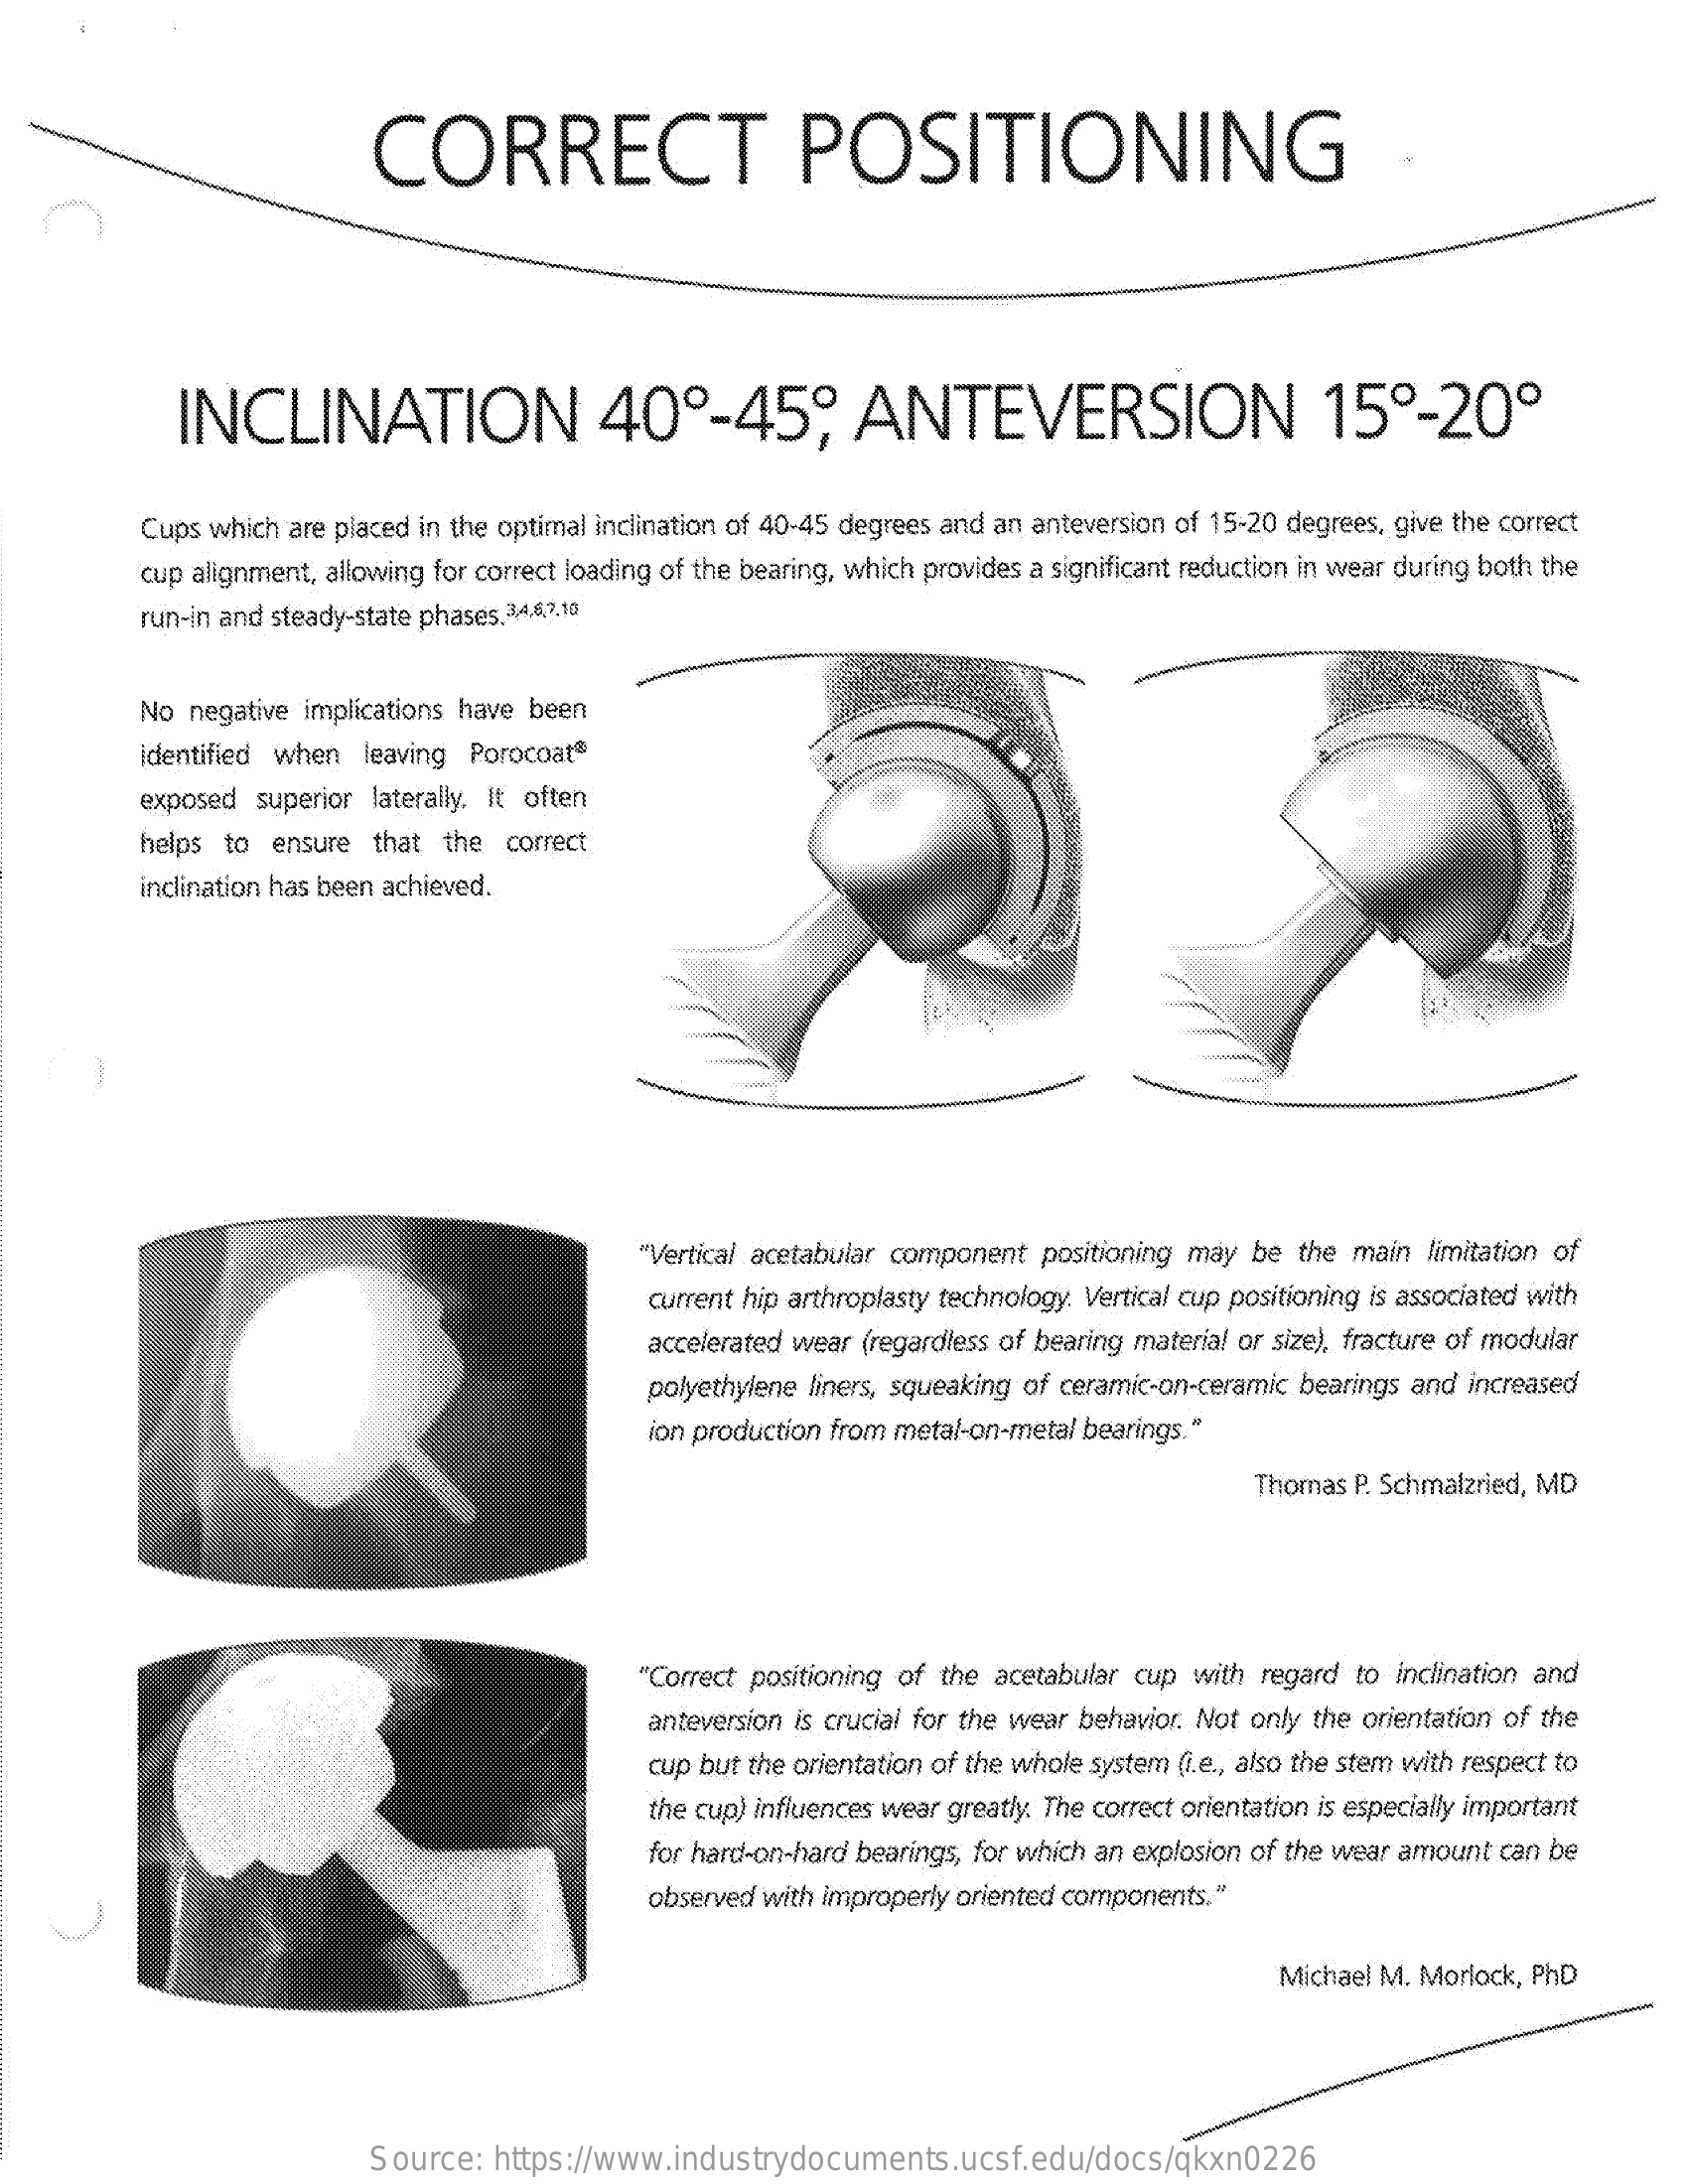
CORRECT    POSITIONING
     INCLINATION    40º-45º    ANTEVERSION    15º-20º
     Cups which are placed in the optimal inclination of 40-45 degrees and an anteversion of 15-20 degrees, give the correct
     cup alignment, allowing for correct loading of the bearing, which provides a significant reduction in wear during both the
     run-in and steady-state phases.3,4,6,7.10
     No negative implications have been
     identified when leaving Porocoat®
     exposed  superior laterally. It often
     helps to  ensure that the  correct
     inclination has been achieved.
     "Vertical acetabular component positioning may be the main limitation of
     current hip arthroplasty technology. Vertical cup positioning is associated with
     accelerated wear (regardless of bearing material or size), fracture of modular
     polyethylene liners, squeaking of ceramic-on-ceramic bearings and increased
     ion production from metal-on-metal bearings."
     Thomas P. Schmalzried, MD
     "Correct positioning of the acetabular cup with regard to inclination and
     anteversion is crucial for the wear behavior. Not only the orientation of the
     cup but the orientation of the whole system (i.e ., also the stem with respect to
     the cup) influences wear greatly. The correct orientation is especially important
     for hard-on-hard bearings, for which an explosion of the wear amount can be
     observed with improperly oriented components."
     Michael M. Morlock, PhD
     Source:  https://www.industrydocuments.ucsf.edu/docs/qkxn0226